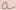
Text: a